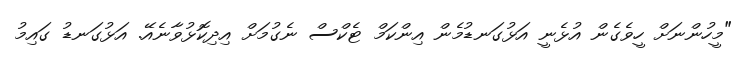
"މީހުންނަށް ހީވެގެން އުޅެނީ އަޅުގަނޑުމެން އިންކަމް ޓެކްސް ނެގުމަށް އިދިކޮޅުވާނެއޭ. އަޅުގަނޑު ގައިމު